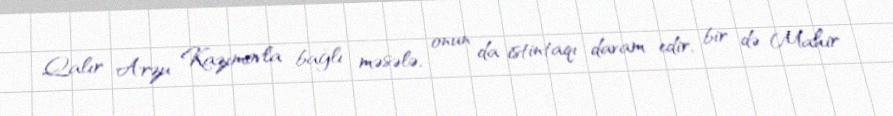
Qalır Arzu Kazımovla bağlı məsələ, onun da istintaqı davam edir, bir də Mahir